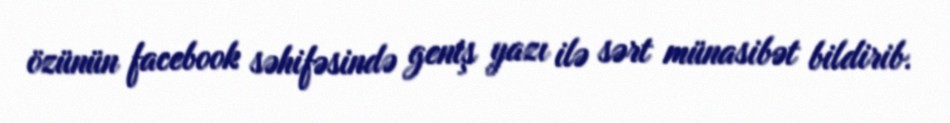
özünün facebook səhifəsində geniş yazı ilə sərt münasibət bildirib.